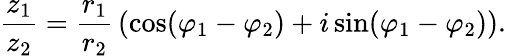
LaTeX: {\frac{z_{1}}{z_{2}}}={\frac{r_{1}}{r_{2}}}\left(\cos(\varphi_{1}-\varphi_{2})+i\sin(\varphi_{1}-\varphi_{2})\right).